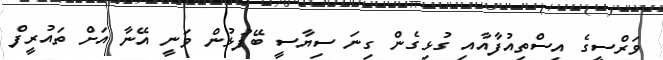
ވަރްސީގެ އިސްތިއުފާއާއި ގުޅިގެން ގިނަ ސިޔާސީ ބޭފުޅުން ވަނީ އޭނާ އަށް ތައުރީފް